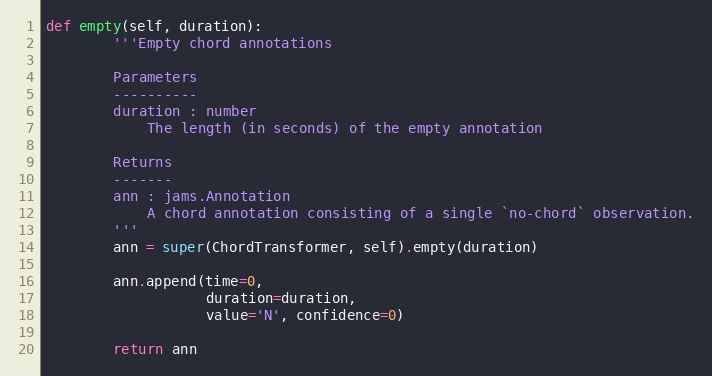
Language: Python
def empty(self, duration):
        '''Empty chord annotations

        Parameters
        ----------
        duration : number
            The length (in seconds) of the empty annotation

        Returns
        -------
        ann : jams.Annotation
            A chord annotation consisting of a single `no-chord` observation.
        '''
        ann = super(ChordTransformer, self).empty(duration)

        ann.append(time=0,
                   duration=duration,
                   value='N', confidence=0)

        return ann